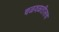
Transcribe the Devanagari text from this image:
चळवळतीलच